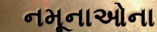
નમૂનાઓના